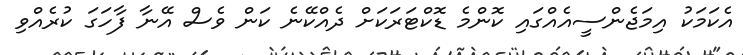
އެކަމަކު އިމަޖެންސީއެއްގައި ކޮންމެ ޑޮކްޓަރަކަށް ދެއްކޭނެ ކަން ވެސް އޭނާ ފާހަގަ ކުރެއްވި